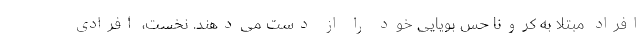
افراد مبتلا به کرونا حس بویایی خود را از دست می‌دهند. نخست، افرادی